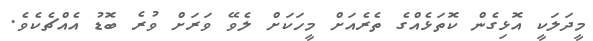
މީދަލަކީ އޮޅިގެން ކޮތަޅެއްގެ ތެރެއަށް މީހަކަށް ލެވޭ ވަރަށް ވުރެ ބޮޑު އެއްޗެކެވެ.